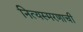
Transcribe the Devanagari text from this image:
नित्यस्मरणाची